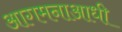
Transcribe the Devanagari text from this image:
आगमनाआधी